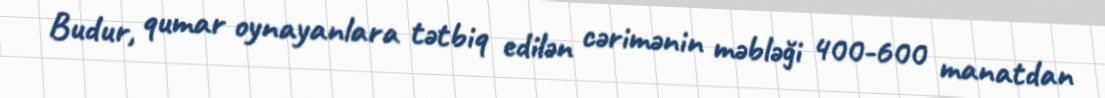
Budur, qumar oynayanlara tətbiq edilən cərimənin məbləği 400-600 manatdan